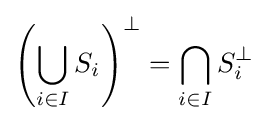
\left(\bigcup _{i\in I}S_{i}\right)^{\perp }=\bigcap _{i\in I}S_{i}^{\perp }